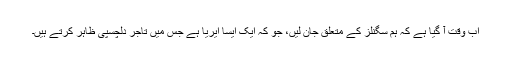
اب وقت آ گیا ہے کہ ہم سگنلز کے متعلق جان لیں، جو کہ ایک ایسا ایریا ہے جس میں تاجر دلچسپی ظاہر کرتے ہیں۔